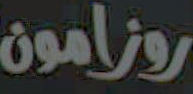
روزامون